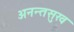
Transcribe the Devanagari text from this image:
अनन्तसुख